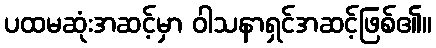
ပထမဆုံးအဆင့်မှာ ဝါသနာရှင်အဆင့်ဖြစ်၏။